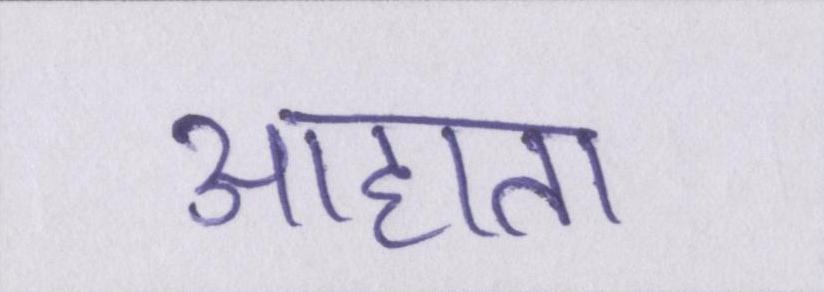
आहाता